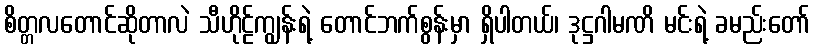
စိတ္တလတောင်ဆိုတာလဲ သီဟိုဠ်ကျွန်းရဲ့ တောင်ဘက်စွန်းမှာ ရှိပါတယ်၊ ဒုဋ္ဌဂါမဏိ မင်းရဲ့ ခမည်းတော်